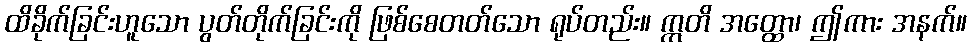
ထိခိုက်ခြင်းဟူသော ပွတ်တိုက်ခြင်းကို ဖြစ်စေတတ်သော ရုပ်တည်း။ ဣတိ အတ္ထော၊ ဤကား အနက်။